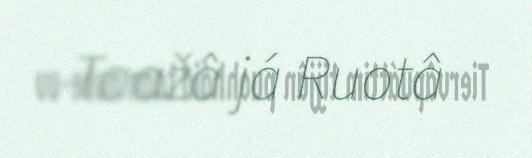
Taažâ já Ruotâ